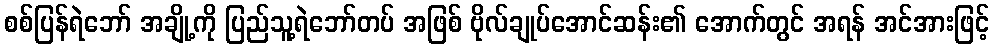
စစ်ပြန်ရဲဘော် အချို့ကို ပြည်သူ့ရဲဘော်တပ် အဖြစ် ဗိုလ်ချုပ်အောင်ဆန်း၏ အောက်တွင် အရန် အင်အားဖြင့်